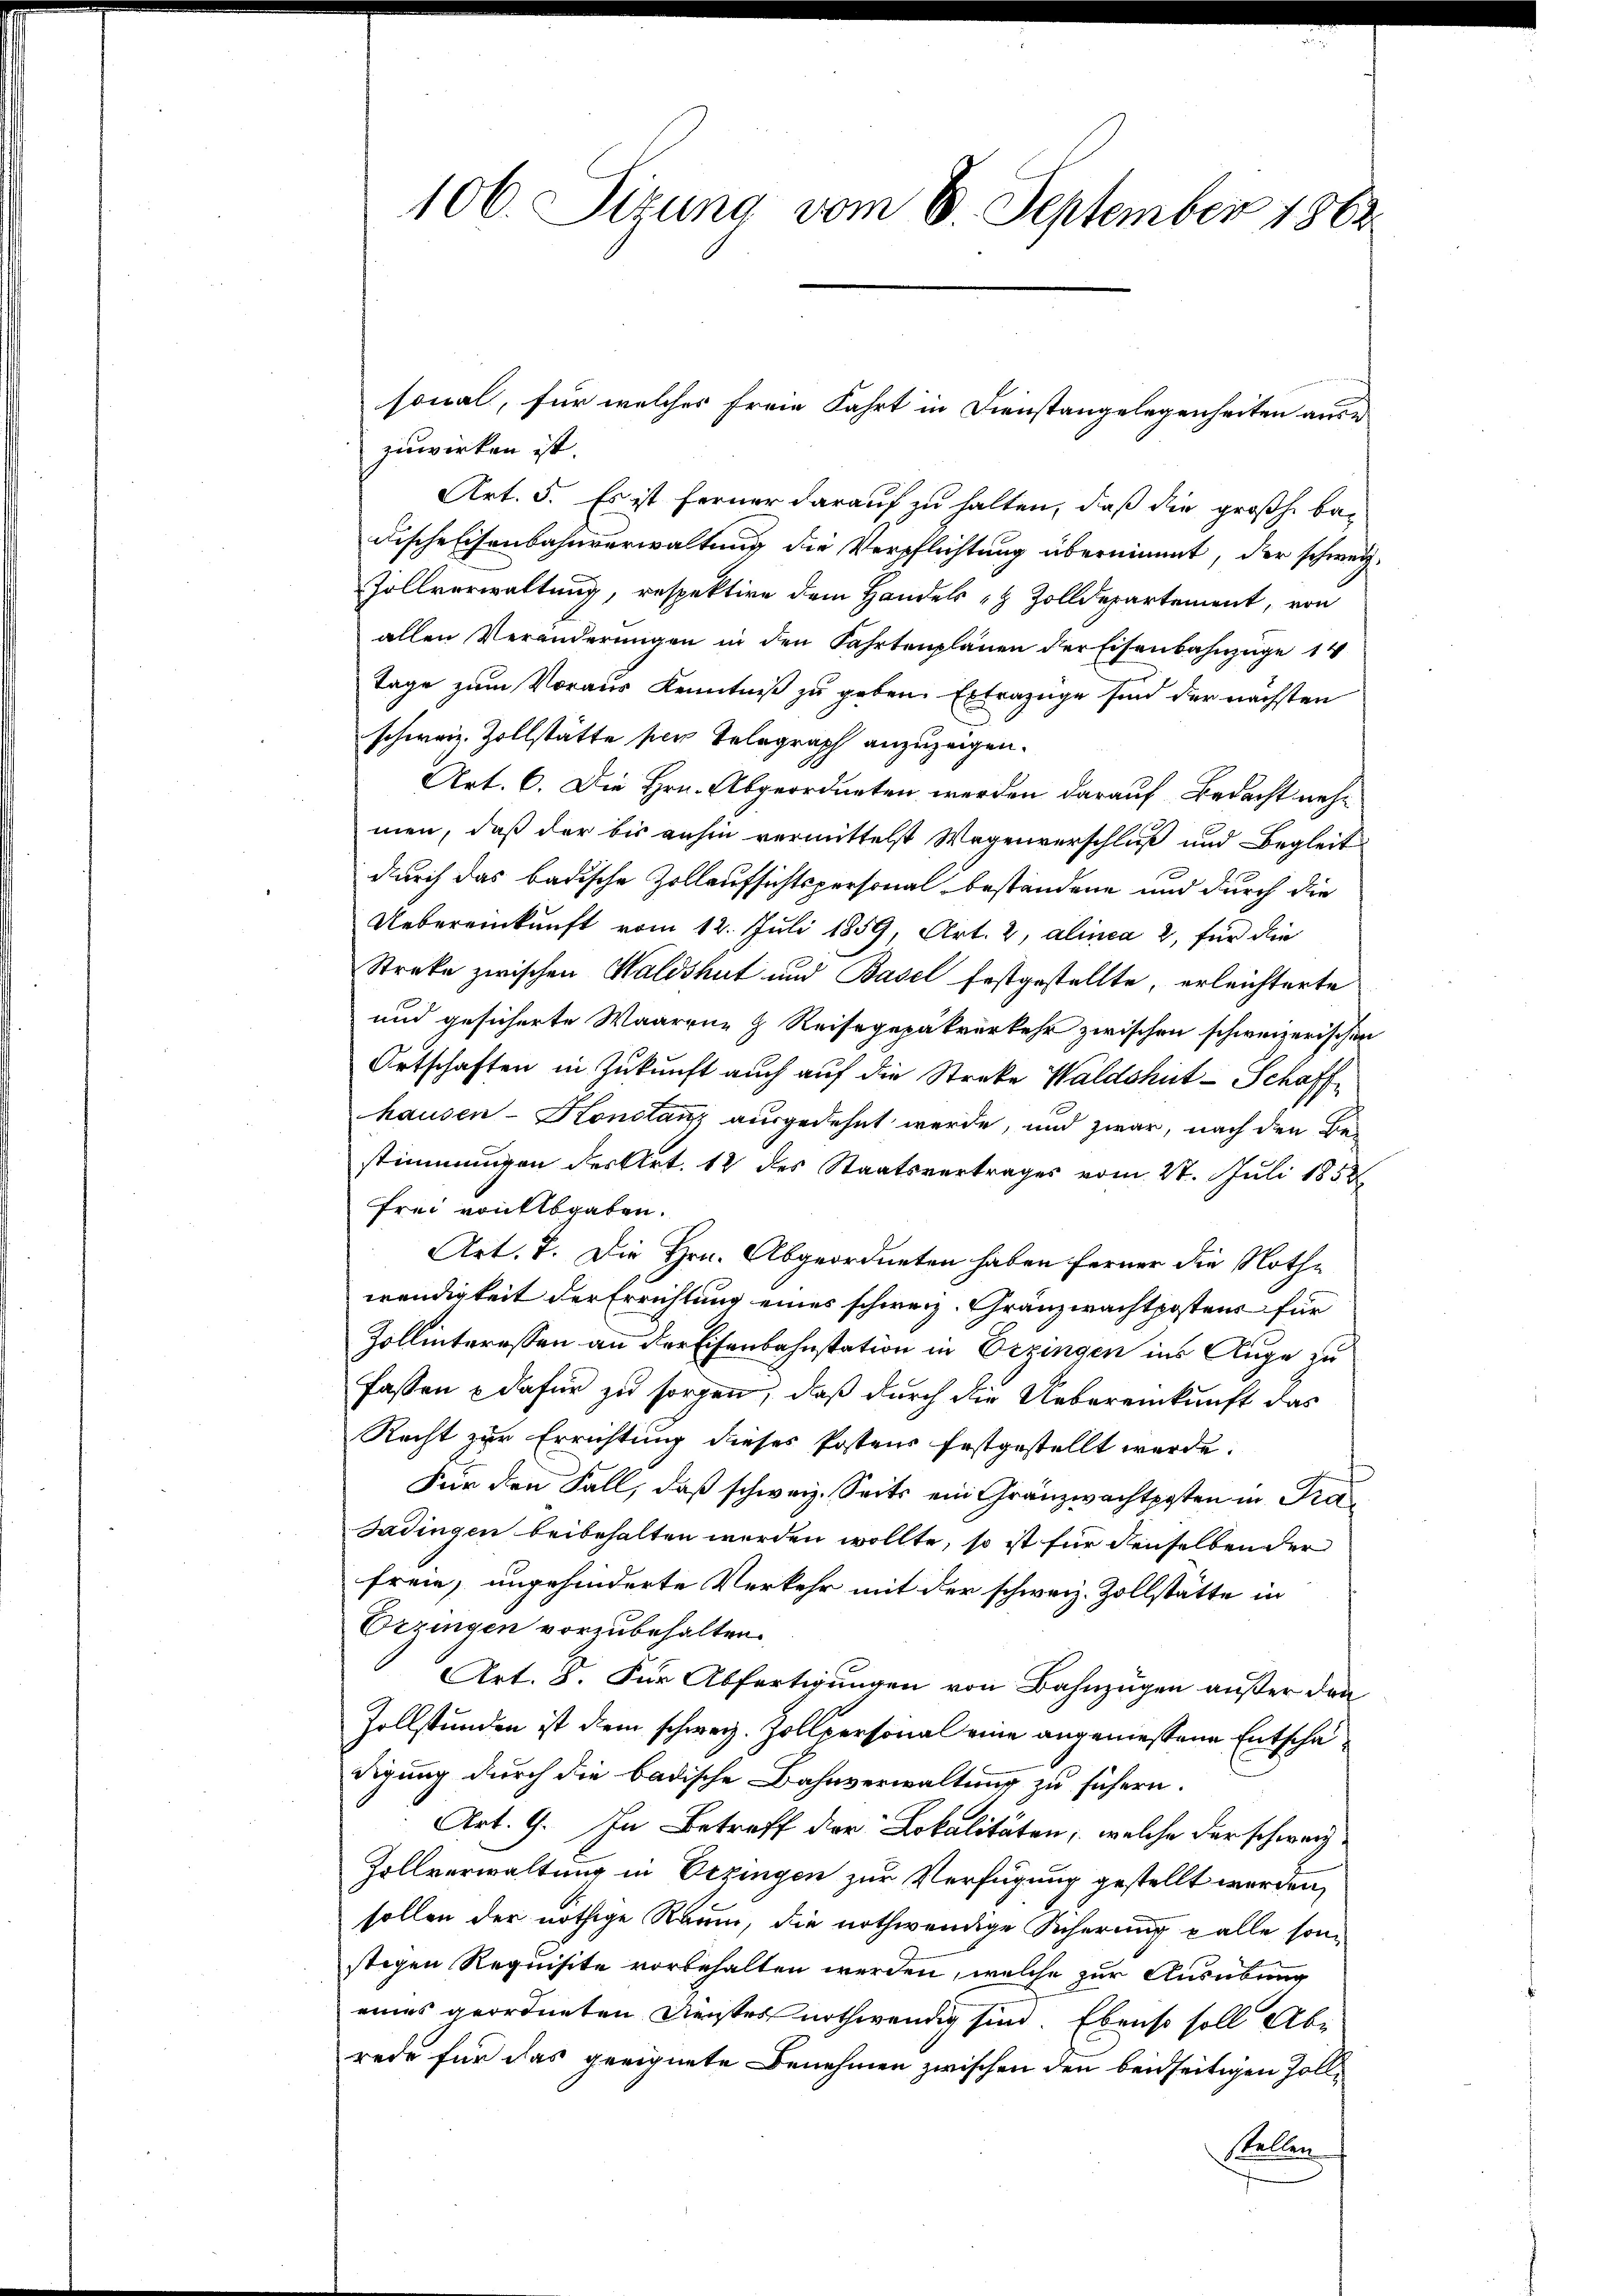
zuwirken ist.
Art. 5. Es ist ferner darauf zu halten, daß die großh. be¬
Fische Eisenbahnverwaltung die Verpflichtung übernimmt, der schweiz
Zollverwaltung, respektire dem Handels & Zolldepartement, von
allen Veränderungen in den Fahrtenplänen der Eisenbahnzüge 1
Tage zum Voraus Kenntniß zu geben. Ertrazüge sind der nächsten
schweiz. Zollstätte per Telegraph anzuzeigen.
Art. 6. Die Hrn. Abgeordneten werden darauf Bedacht nehmen, daß der bis anhin vermittelst Wegenverschluß und Begleit
durch das badische Zollaufsichtspersonal bestandene und durch die
Uebereinkunft vom 12. Juli 1859, Art. 2, alinea 2, für die
Streke zwischen Waldshut und Basel festgestellte, erleichterte
und gesicherte Waarene H. Reisegepakverkehr zwischen schweizerischen
Ortschaften in Zukunft auch auf die Streke Waldshut-Schaffhausen-Konstanz ausgedehnt werde, und zwar, nach den Be-
stimmungen des Art. 12 des Staatsvertrages vom 27. Juli 1858
frei von Abgaben.
Art. 7. Die Hrn. Abgeordneten haben ferner die Nothwendigkeit der Errichtung eines schweiz. Gränzwachtpostens für
Zollinteressen an der Eisenbahnstation in Begingen ins Auge zu
fassen & dafür zu sorgen, daß durch die Uebereinkunft das
Recht zur Errichtung dieses Postens festgestellt werde.
Für den Fall, daß schweiz. Seits ein Gränzwachtposten in Pra¬
Sadingen beibehalten werden wollte, so ist für denselben der
freie, ungehinderte Verkehr mit der schweiz. Zollstätte in
Orzingen vorzubehalten.
Art. 8. Für Abfertigungen von Bahnzügen außer den
Zollstunden ist dem schweiz. Zollpersonal eine angemessene Entschädigung durch die badische Bahnverwaltung zu sühern.
Art. 9. In Betreff der Lokalitäten, welche der schweiz
Zollverwaltung in Oezingen zur Verfügung gestellt werden,
sollen der nöthige Raum, die nothwendige Sicherung palle son
stigen Requisite vorbehalten werden, welche zur Ausübung
eines geordneten Dienstes nothwendig sind. Ebenso soll Abe
rede für das geeignete Benehmen zwischen den beidseitigen Zolle
stellen.

106. Sizung vom 8. September 1862

sonal, für welches freie Fahrt in Dienstangelegenheiten ause